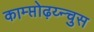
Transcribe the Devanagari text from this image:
काम्प्तोढ़य्न्चुस